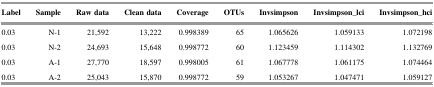
| Label | Sample | Raw data | Clean data | Coverage | OTUs | Invsimpson | Invsimpson_lci | Invsimpson_hci |
 | --- | --- | --- | --- | --- | --- | --- | --- | --- |
 | 0.03 | N-1 | 21,592 | 13,222 | 0.998389 | 65 | 1.065626 | 1.059133 | 1.072198 |
 | 0.03 | N-2 | 24,693 | 15,648 | 0.998772 | 60 | 1.123459 | 1.114302 | 1.132769 |
 | 0.03 | A-1 | 27,770 | 18,597 | 0.998005 | 61 | 1.067778 | 1.061175 | 1.074464 |
 | 0.03 | A-2 | 25,043 | 15,870 | 0.998772 | 59 | 1.053267 | 1.047471 | 1.059127 |